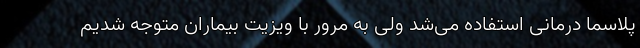
پلاسما درمانی استفاده می‌شد ولی به مرور با ویزیت بیماران متوجه شدیم